King Institute of Preventive Medicine Bacteriolog. Section reports 1907-08
Year: 1907
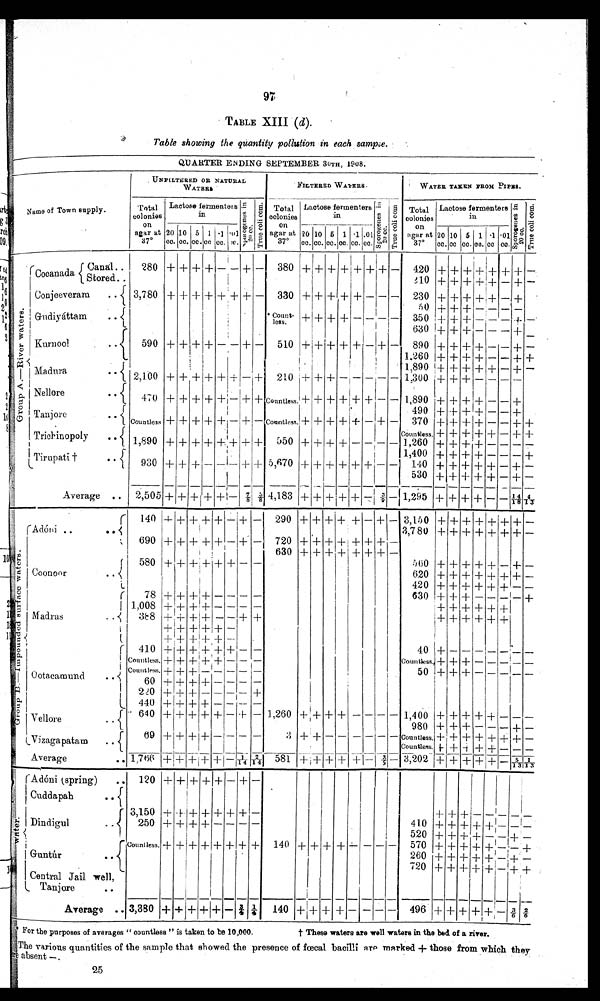
97
TABLE XIII ( d).
Table showing the quantity pollution in each sample.
QUARTER ENDING SEPTEMBER 30TH, 1908.
UNFILTERED OR NATURAL
WATERS
FILTERED WATERS.
WATER TAKEN FROM PIPES.
Name of Town supply.
Total
colonies
o n
agar at
37°L
actose fermenters
in
S p o r o g e n e s i n
2 0 c c . T r u e c o l i c o m . Total
colonies
on
agar at
37°L
actose fermenters
in
S p o r o g e n e s i n
20 c c .
T r u e c o l i c o m
Total
colonies on
agar at
37°L
actose fermenters
in
S p o r o g e n e s i n
2 0 c c . T r u e c o l i c o m .
20
cc.
10
cc.
5
cc.
1
cc
.1
cc.
.01
cc.
20
cc.
10
cc.
5
cc.
1
cc.
.1
cc.
.01
cc.
20
cc.
10
cc.
5
cc.
1
cc.
.1
cc.
.01
cc.
G r o u p A . — R i v e r w a t e r s .
Cocanada
Canal..
280 + + + + - - +
-
380 + + + + + + + -
420 + + + +
+
+ +
-
Stored.
210 + + + + + - + -
Conjeeveram
... 3,780 + + + + + + + -
330 + + + + + - - -
230 + + + +++ - +
5 0 + ++ + - - - -
Gudiyáttam
..
*Count-
less.
+
+ + + - - - -
350 + + + - - - + -
630 + + + _ – - + -
Kurnool
..
590
+ + + + - - +
-
510 + + + + +
- +
-
890 + + + + - - +
-
1,260 + + + + - - + +
Madura
. .
1,890 + + + + + - + -
2,100 + + + + + + - + 210 + + + - - - - - 1,300 + + + - - - -
Nellore
. .
470 + + + +
+ - + + Countless. + + + +
+
+ - - 1,890 + + + + - - +
490 + + + + - - +
Tanjore
..
Countless + + + +
+ - + - Countless. + + +
+ +
- + -
370 + + + + - - + +
Countless. + + + + + - + +
Trichinopoly
..
1,890 + + + + + +
+ + 550 + + + + - - - - 1,260 + + ++ + - - - -
1,400 + + + + - - - +
T i r u p a t i † . .
930 + + + - - - + + 5,670 + + + + + + - -
140 + + + + + - + -
530 + + + + + - + -
Average .. 2,505 + + + + + -
⅞ ⅜ 4,183 + + + + +
-
3/9
- 1,295 + + + + - - 14/18 4/13
G r o u p B . — I m p o u n d e d s u r f a c e w a t e r s .
Adóni ..
..
140 + + + + +
-
+ -
290
+ +
+
+ + - +
- 3,150 + + + + + + + -
3,780 + + + + + + + -
690 + + + + + - + -
720 + + + + +
+ + -
630 + + + + + + + -
Coonoor
. .
580 + + + +
+ + - -
560 ++ + + + - + -
620s + + + + + + + -
420 + + + + + + - -
Ma dr a s . .
78 +
+ +
+ - - - -
630 + + + - - - - +
1,008 + + + + - - - -
+ + + + + +
388 + + +
+ - - + +
+ + + + + +
+ + + + + -
+ + + + + -
Ootacamund
..
410 + +
+
+ + + - -
40 + - - - - - - -
Countless. + + + + + - - -
Countess. + + +
- - - - -
Countless. + + +
- - - - -
50 + + + - - - - -
60 + + + + - - - -
220 + + + - - - -
+
440 + + + + - - - -
V e l l o r e
640 +
+ + + + - + - 1,260 + +
+ + - - - - 1,400 ++ + + + - - -
980 + + + - - - + -
V i z a g a p a t a m . .
69 + + +
+ - - - -
3
+ + - - - - - - Countless. + +
+ + + + + -
Countless.
+ + + + +
- - -
Average
.. 1,766 + + + + + -
1 / 1 4 2 / 1 4 581 +
+
+ + + -
3 / 5
-
3,202 + + + +
+ -
5 / 3 1 / 1 3
Adóni (spring)
.. 120 + + +
+ + - +
-
Cuddapah
..
wat er .
Dindigul
..
3,150 +
+ + + + + + -
+ + + - - - - -
250 + + + + - - - -
410 + + + + + - - _
520 + + + + - - + -
Guntúr
..
Countless. + + +
+ + + + + 140 + + + + - - - -
570 + + + + + - - +
260 + + + + + - + -
720 + + + + + - + +
Central Jail well,
Tanjore
..
Average .. 3,380 + + + + + -
¾ ¼ 140 + + + + - - - -
496 ++ + + + -
3 / 6
2 / 6
* For the
purposes of averages " countless " is taken to be 10,000.
† These waters are well waters in the bed of a river.
The various quantities of the sample that showed the presence of fœcal bacilli are marked + those from which they
are absent —.
25